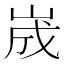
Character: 𡷫